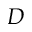
D